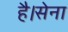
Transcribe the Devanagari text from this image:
है।सेना